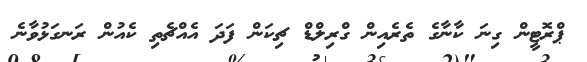
ޕްރޮޓީން ގިނަ ކާނާގެ ތެރެއިން ގްރިލްޑް ޗިކަން ފަދަ އެއްޗެތި ކެއުން ރަނގަޅުވާނެ